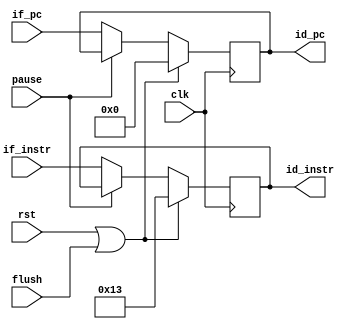
module if_id(
    input clk, rst, pause, flush,
    input [31: 0] if_pc,
    input [31: 0] if_instr,

    output reg [31: 0] id_pc,
    output reg [31: 0] id_instr
);

always @(posedge clk) begin
    if(rst || flush) begin
        id_pc = 32'd0;
        id_instr = {12'h0, 5'b0, 3'b000, 5'b0, 7'b0010011};
    end else if(pause) begin
        // 
        // 
    end else begin
        id_pc <= if_pc;
        id_instr <= if_instr;
    end
end

endmodule